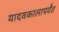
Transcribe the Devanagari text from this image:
यादवकालापर्यंत